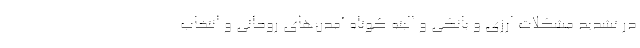
در تشدید مشکلات ارزی و بانکی و البته کوتاه آمدن‌های روحانی و انتخاب